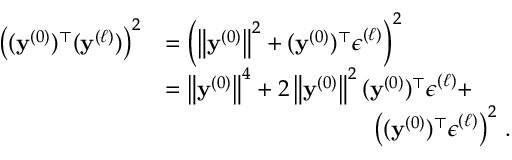
\begin{array} { r l } { \left( ( { \mathbf { y } } ^ { ( 0 ) } ) ^ { \top } ( { \mathbf { y } } ^ { ( \ell ) } ) \right) ^ { 2 } } & { = \left( \left\lVert { \mathbf { y } } ^ { ( 0 ) } \right\rVert ^ { 2 } + ( { \mathbf { y } } ^ { ( 0 ) } ) ^ { \top } { \boldsymbol { \epsilon } } ^ { ( \ell ) } \right) ^ { 2 } } \\ & { = \left\lVert { \mathbf { y } } ^ { ( 0 ) } \right\rVert ^ { 4 } + 2 \left\lVert { \mathbf { y } } ^ { ( 0 ) } \right\rVert ^ { 2 } ( { \mathbf { y } } ^ { ( 0 ) } ) ^ { \top } { \boldsymbol { \epsilon } } ^ { ( \ell ) } + } \\ & { \qquad \qquad \qquad \qquad \quad \left( ( { \mathbf { y } } ^ { ( 0 ) } ) ^ { \top } { \boldsymbol { \epsilon } } ^ { ( \ell ) } \right) ^ { 2 } \, . } \end{array}